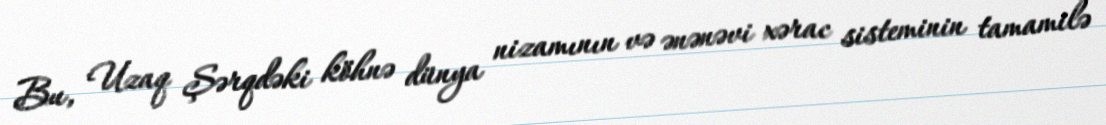
Bu, Uzaq Şərqdəki köhnə dünya nizamının və ənənəvi xərac sisteminin tamamilə